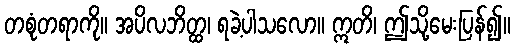
တစုံတရာကို။ အပိလဘိတ္ထ၊ ရခဲ့ပါသလော။ ဣတိ၊ ဤသို့မေးပြန်၍။